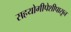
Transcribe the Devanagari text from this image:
सहयोगीपेशीपासून